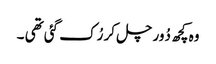
وہ کچھ دُور چل کر رُک گئی تھی ۔